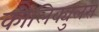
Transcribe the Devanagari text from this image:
कौलिक्युलस